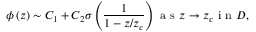
\phi \left( z \right) \sim C _ { 1 } + C _ { 2 } \sigma \left( \frac { 1 } { 1 - z / z _ { c } } \right) \mathrm { ~ a ~ s ~ } z \rightarrow z _ { c } \mathrm { ~ i ~ n ~ } D ,